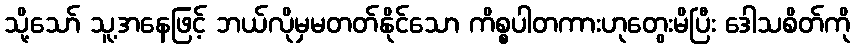
သို့သော် သူ့အနေဖြင့် ဘယ်လိုမှမတတ်နိုင်သော ကိစ္စပါတကားဟုတွေးမိပြီး ဒေါသစိတ်ကို